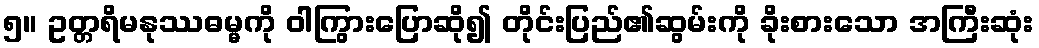
၅။ ဥတ္တရိမနုဿဓမ္မကို ဝါကြွားပြောဆို၍ တိုင်းပြည်၏ဆွမ်းကို ခိုးစားသော အကြီးဆုံး